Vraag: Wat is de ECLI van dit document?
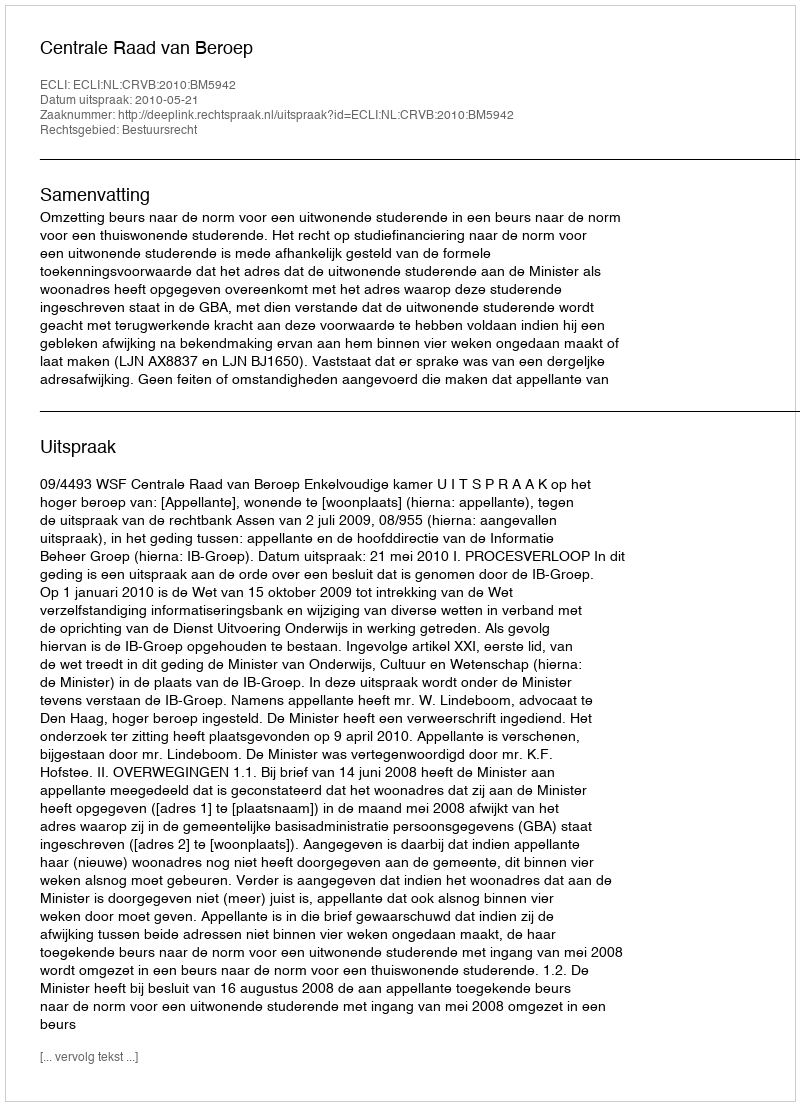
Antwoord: ECLI:NL:CRVB:2010:BM5942